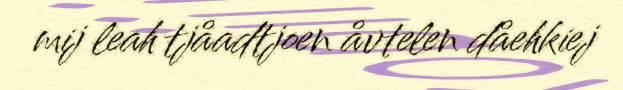
mij leah tjåadtjoen åvtelen dåehkiej